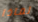
لماذا